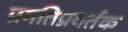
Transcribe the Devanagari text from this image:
प्रगतिप्रवर्तक